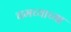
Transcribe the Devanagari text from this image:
चमच्याच्या